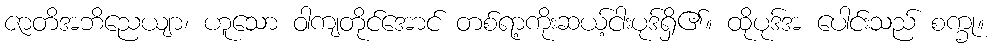
ဇာတိအဘိညေယျာ၊ ဟူသော ဝါကျတိုင်အောင် တစ်ရာ့ကိုးဆယ့်ငါးပုဒ်ရှိ၏။ ထိုပုဒ်အ ပေါင်းသည် စက္ခု။